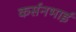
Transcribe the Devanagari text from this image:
कर्सनभाई